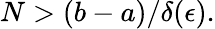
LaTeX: N>(b-a)/\delta(\epsilon).